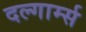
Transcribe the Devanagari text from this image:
दल्गार्म्स